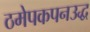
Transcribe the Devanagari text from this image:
ठमेपकपनउद्ध